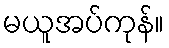
မယူအပ်ကုန်။